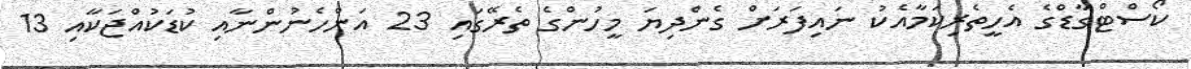
ކޯސްޓްގާޑްގެ އެހީތެރިކަމާއެކު ނައިފަރަށް ގެންދިޔަ މީހުންގެ ތެރޭގައި 23 އަންހެނުންނާއި ކުޑަކުއްޖަކާއި 13